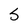
Character: S